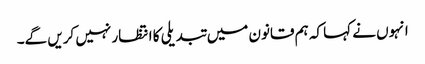
انہوں نے کہا کہ ہم قانون میں تبدیلی کا انتظار نہیں کریں گے۔